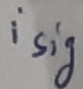
Text: isig